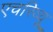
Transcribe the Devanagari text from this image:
एचरिव्यू